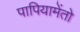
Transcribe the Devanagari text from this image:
पापियामेंतो